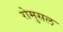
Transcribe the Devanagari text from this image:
रोमुसल